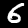
Digit: 6